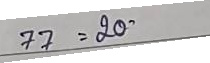
77 = 20